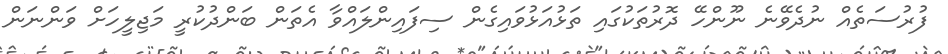
ފުރުސަތެއް ނުދެވޭނެ ނޫންހޭ ދޮރުތަކުގައި ތަޅުއަޅުވައިގެން ސިފައިންލައްވާ އެތަން ބަންދުކުރީ މަޖިލީހަށް ވަންނަން